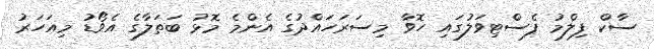
ސާކް ފިލްމު ފެސްޓިވަލުގައި ހޮވާ މިސަރަހައްދުގެ އެންމެ މޮޅު ބަތަލާގެ އެވޯޑު މިއަހަރު